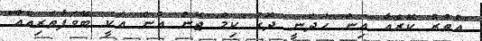
"އުތުރު ކޮރެއާ އިން ހަދަނީ ދޮގު ކިމް ޖޮން އުން އަކީ ބޭވަފާތެރިއެއް"